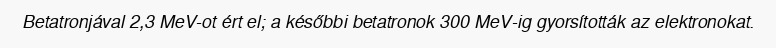
Betatronjával 2,3 MeV-ot ért el; a későbbi betatronok 300 MeV-ig gyorsították az elektronokat.